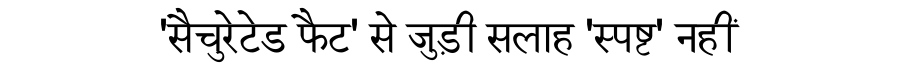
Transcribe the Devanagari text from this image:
'सैचुरेटेड फैट' से जुड़ी सलाह 'स्पष्ट' नहीं